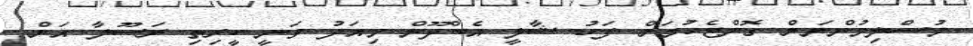
މުސްލިމުންނަށް ގޮންޖެހުމަށް ފަހު ޝާލީ އެބްދޫން މިއަދު ވަނީ ކީރިތި ރަސޫލާ އަށް